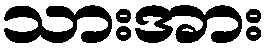
သားအား